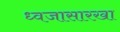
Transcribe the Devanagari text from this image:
ध्वजासारखा